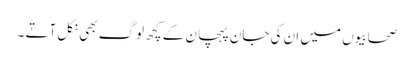
صحابیوں میں ان کی جان پہچان کے کچھ لوگ بھی نکل آتے ۔